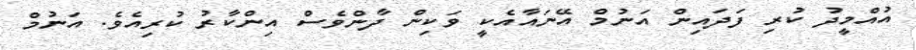
އުއްމީދު ކުރި ފަދައިން އަނުމް އޭނައާއެކީ ވަކިން ދާންވެސް އިންކާރު ކުރިއެވެ. އަނުމް